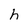
Character: h